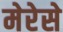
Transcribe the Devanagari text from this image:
मेरेसे